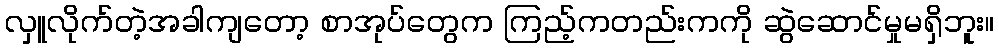
လှူလိုက်တဲ့အခါကျတော့ စာအုပ်တွေက ကြည့်ကတည်းကကို ဆွဲဆောင်မှုမရှိဘူး။